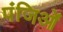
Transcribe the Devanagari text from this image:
पंजिओं